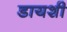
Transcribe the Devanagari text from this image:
डायशी